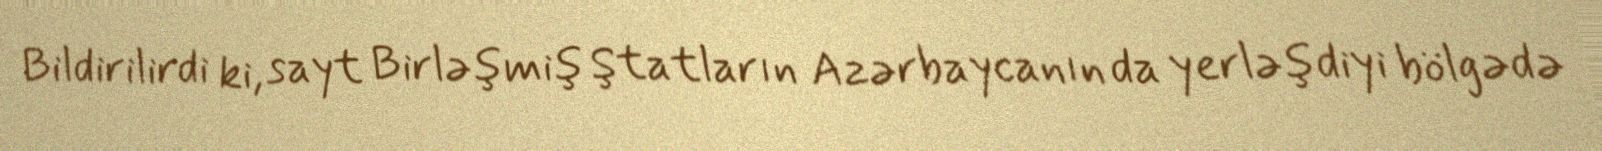
Bildirilirdi ki, sayt Birləşmiş Ştatların Azərbaycanın da yerləşdiyi bölgədə